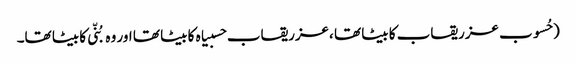
( حُسوب عزریقاب کا بیٹا تھا ،عزریقاب حسبیاہ کا بیٹا تھا اور وہ بُنّی کا بیٹا تھا۔